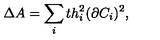
\Delta A = \sum _ { i } t h _ { i } ^ { 2 } ( \partial C _ { i } ) ^ { 2 } ,